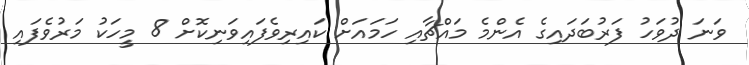
ވަނަ ދުވަހު ފަރުބަދައިގެ އެންމެ މައްޗާއި ހަަމައަށް ކައިރިވެފައިވަނިކޮށް 8 މީހަކު މަރުވެފައި